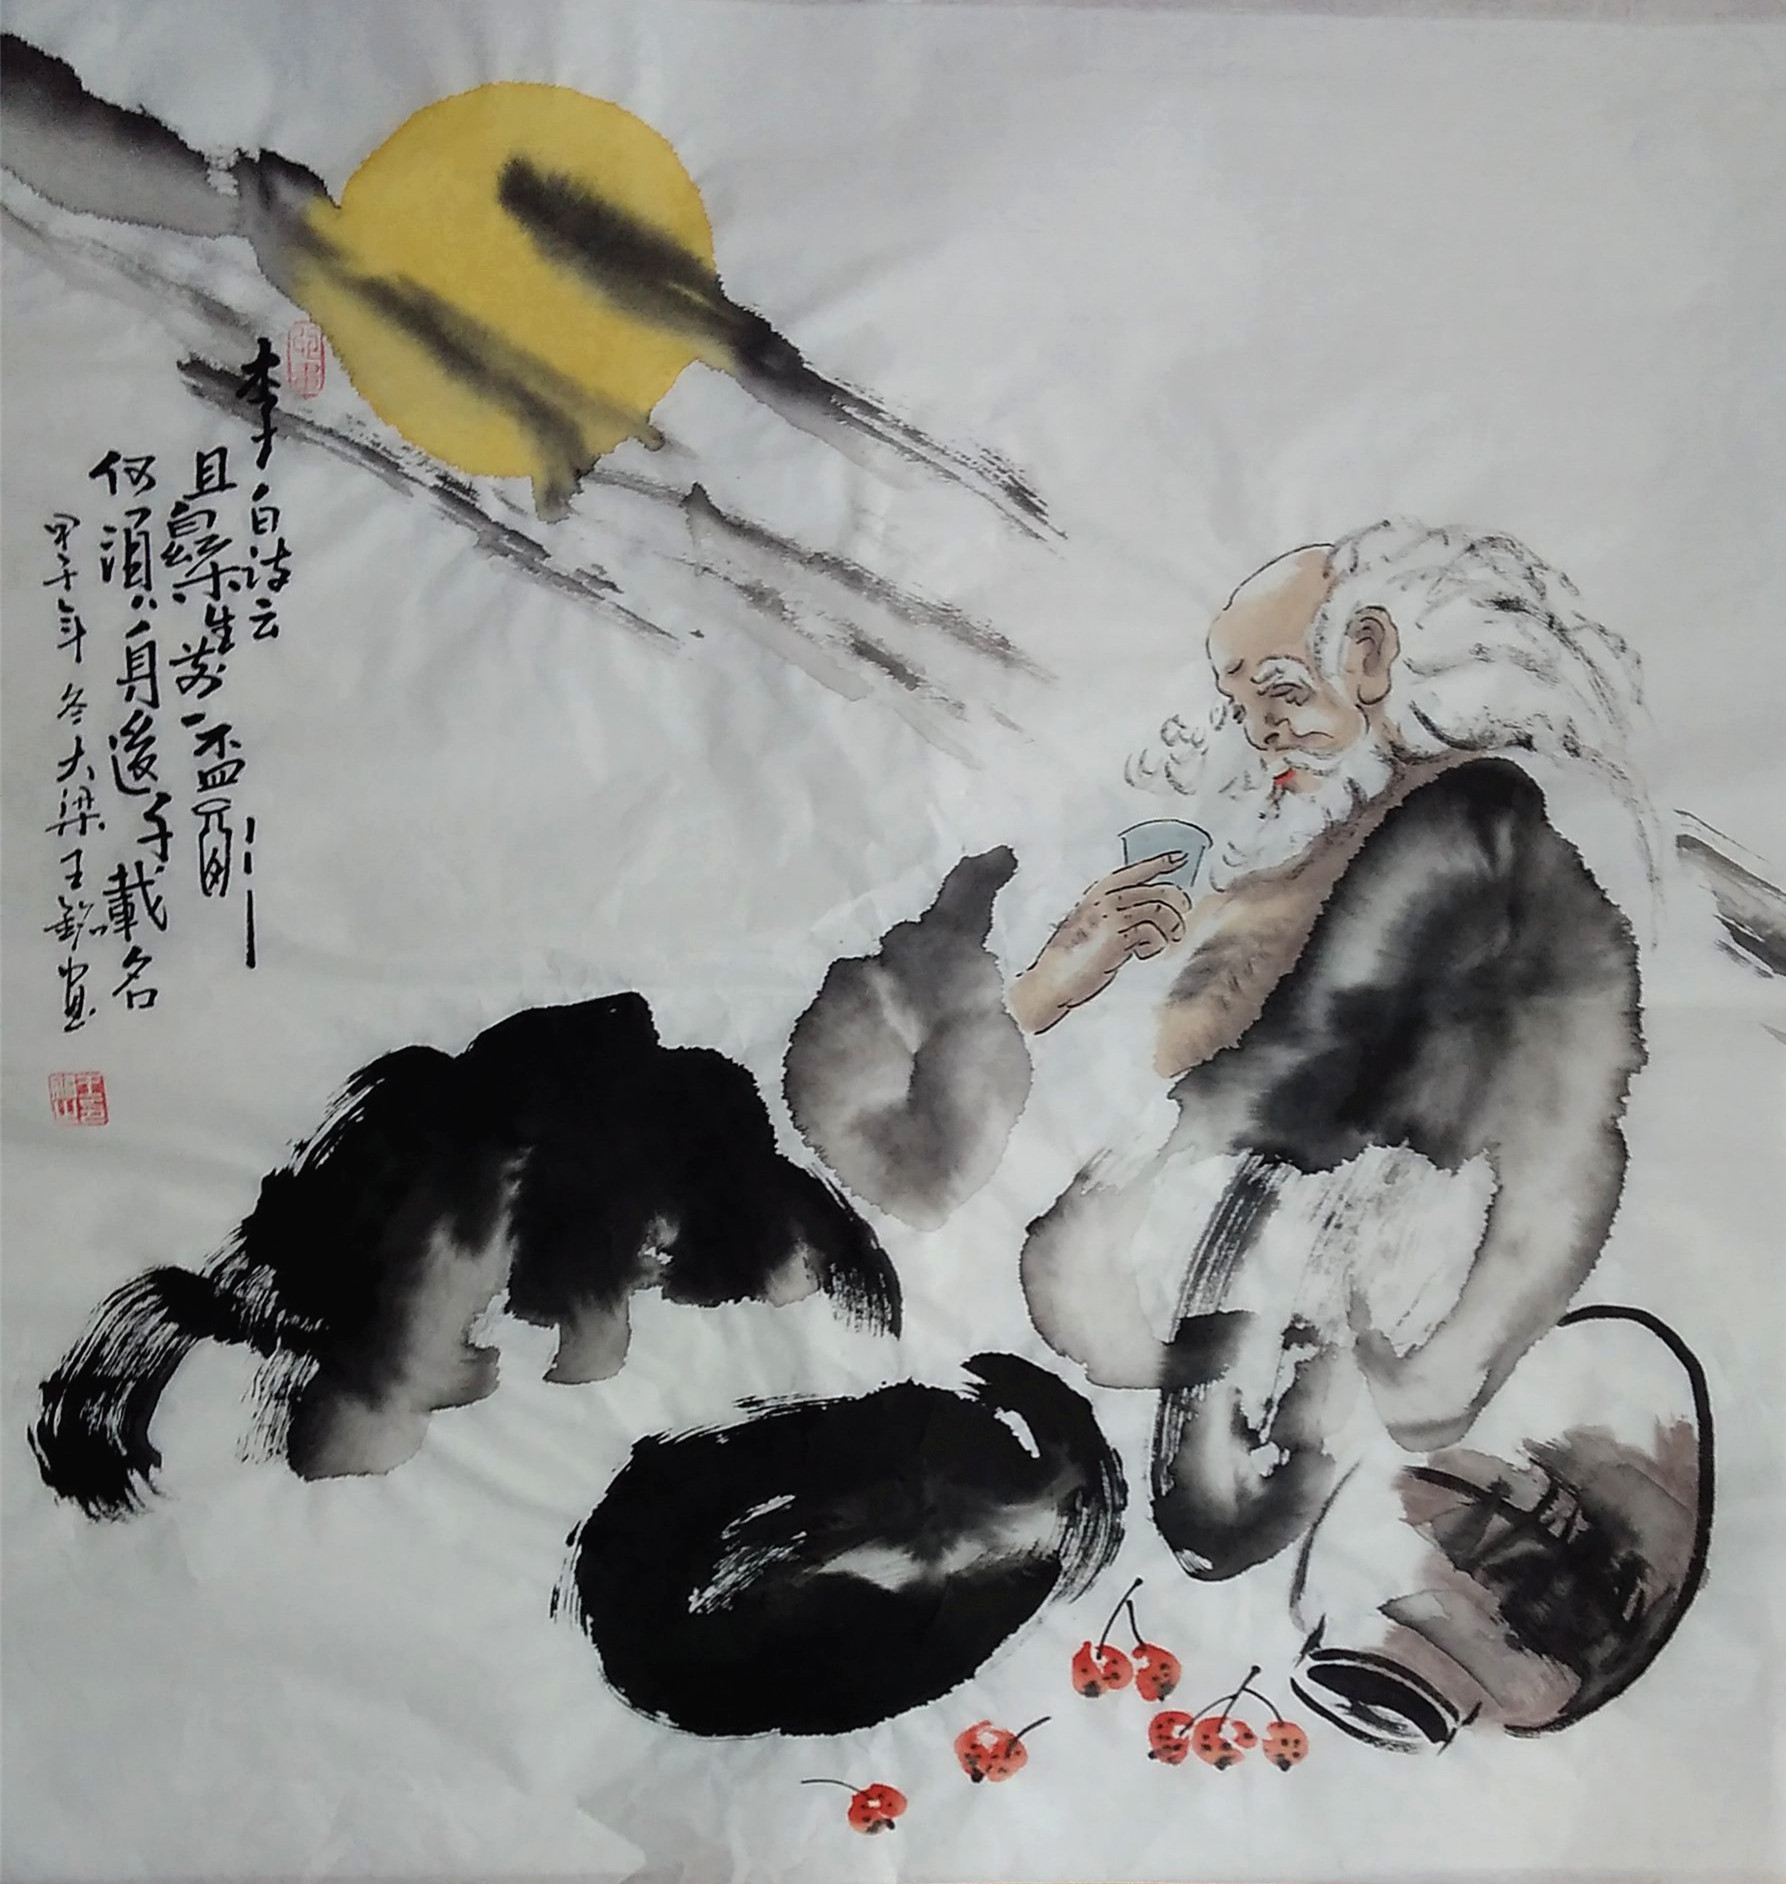
且乐生前一杯酒，何须身后千载名？